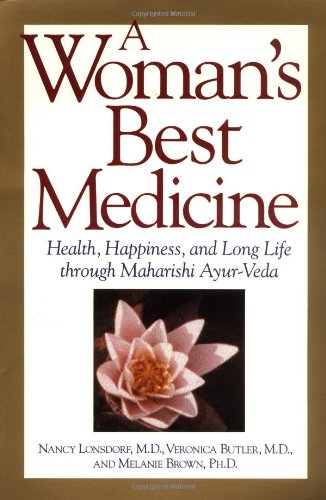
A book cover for A Woman's Best Medicine; Nancy Lonsdorf; Health, Fitness & Dieting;